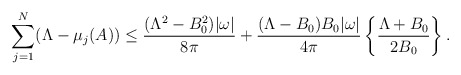
\begin{align*}\sum_{j=1}^N(\Lambda-\mu_j(A))\le\frac{(\Lambda^2-B_0^2)|\omega|}{8\pi}+\frac{(\Lambda-B_0) B_0|\omega|}{4\pi}\left\{\frac{\Lambda+B_0}{2B_0}\right\}.\end{align*}